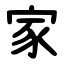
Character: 家